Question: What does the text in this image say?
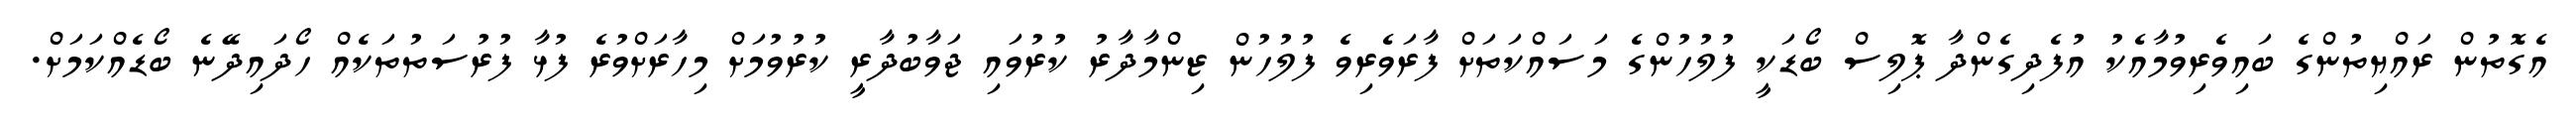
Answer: އެގޮތުން ރައްޔިތުންގެ ބައިވެރިވުމާއެކު އުފެދިގެންދާ ޕޮލިސް ބޯޑަކީ ފުލުހުންގެ މަސައްކަތަށް ފާރަވެރިވެ ފުލުހުން ޒިންމާދާރު ކުރުވައި ޖަވާބުދާރީ ކުރުވުމަށް މިހާރަށްވުރެ ފުޅާ ފުރުސަތުތަކެއް ހޯދައިދޭނެ ބޯޑެއްކަމަށް.